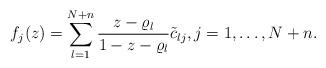
LaTeX: \begin{align*} f_{j}(z) = \sum_{l=1}^{N+n} \frac{z - \varrho_{l}}{1 - z - \varrho_{l}} \tilde{c}_{lj}, j = 1, \ldots, N+n. \end{align*}